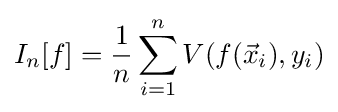
I_{n}[f]={\frac {1}{n}}\sum _{i=1}^{n}V(f({\vec {x}}_{i}),y_{i})